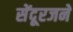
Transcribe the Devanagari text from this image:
सेंदूरजने